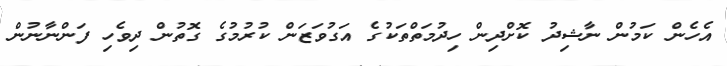
އެހެން ކަމުން ނާޝިދު ކޮށްދިން ހިދުމަތްތަކުގެ އަގުވަޒަން ކުރުމުގެ ގޮތުން ދިވެހި ފަންނާނުން